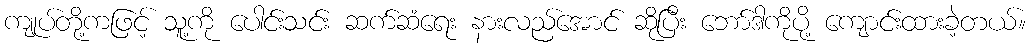
ကျုပ်တို့ကဖြင့် သူ့ကို ပေါင်းသင်း ဆက်ဆံရေး နားလည်အောင် ဆိုပြီး ဘော်ဒါကိုပို့ ကျောင်းထားခဲ့တယ်။